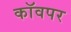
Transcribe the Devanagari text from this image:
कॉवपर